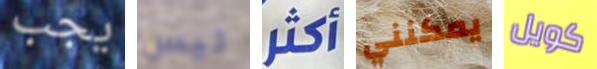
يجب ليس أكثر يمكنني كويل